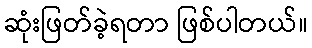
ဆုံးဖြတ်ခဲ့ရတာ ဖြစ်ပါတယ်။